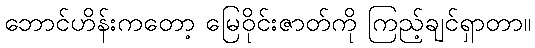
ဘောင်ဟိန်းကတော့ မြေဝိုင်းဇာတ်ကို ကြည့်ချင်ရှာတာ။